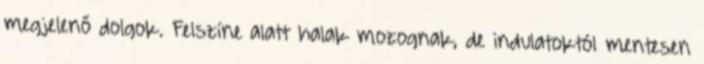
megjelenő dolgok. Felszíne alatt halak mozognak, de indulatoktól mentesen